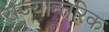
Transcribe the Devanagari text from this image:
राज्यान्तरिक